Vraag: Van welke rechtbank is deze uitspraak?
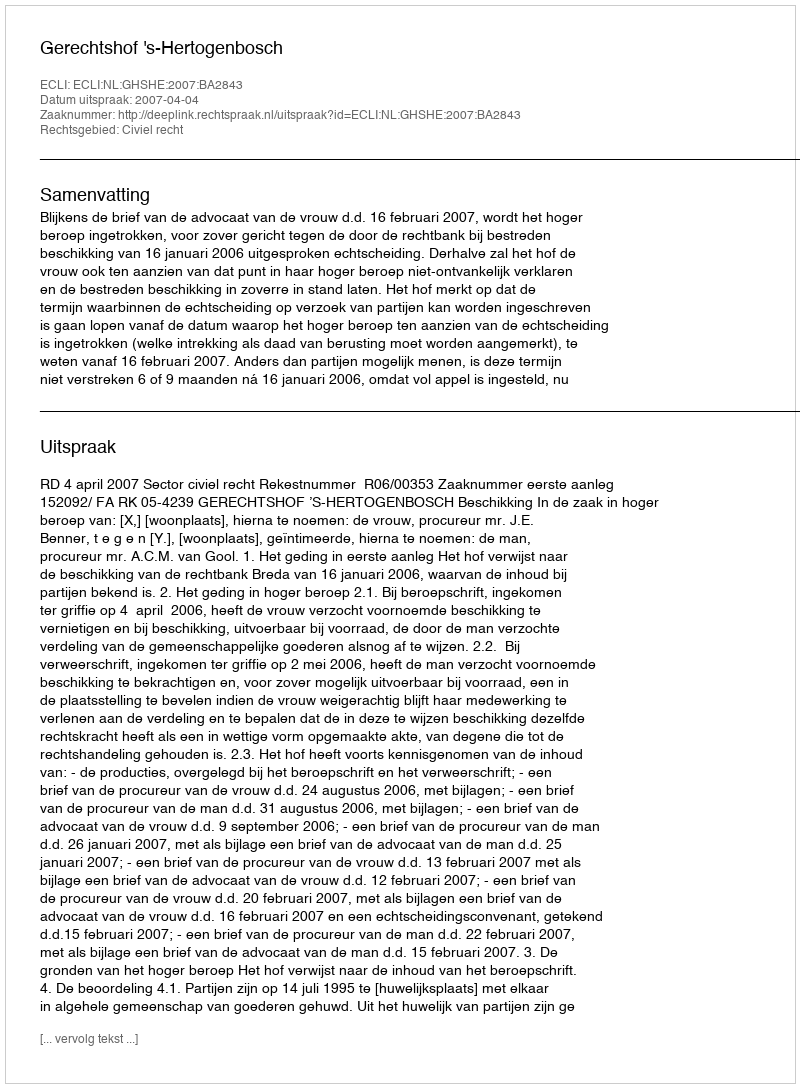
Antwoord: Gerechtshof 's-Hertogenbosch